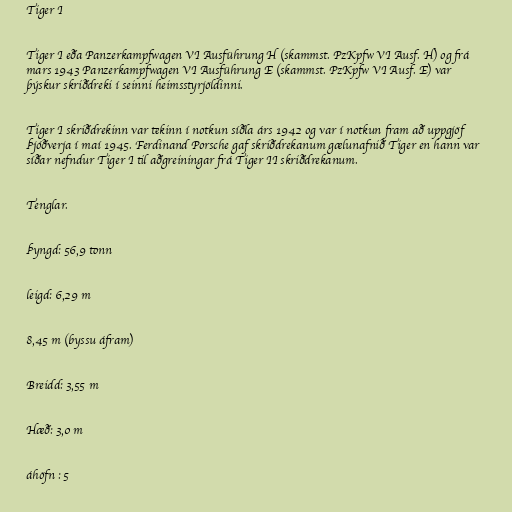
Tiger I

Tiger I eða Panzerkampfwagen VI Ausführung H (skammst. PzKpfw VI Ausf. H) og frá
mars 1943 Panzerkampfwagen VI Ausführung E (skammst. PzKpfw VI Ausf. E) var
þýskur skriðdreki í seinni heimsstyrjöldinni.

Tiger I skriðdrekinn var tekinn í notkun síðla árs 1942 og var í notkun fram að uppgjöf
Þjóðverja í maí 1945. Ferdinand Porsche gaf skriðdrekanum gælunafnið Tiger en hann var
síðar nefndur Tiger I til aðgreiningar frá Tiger II skriðdrekanum.

Tenglar.

Þyngd: 56,9 tonn

leigd: 6,29 m

8,45 m (byssu áfram)

Breidd: 3,55 m

Hæð: 3,0 m

áhöfn : 5